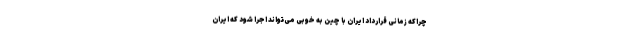
چراکه زمانی قرارداد ایران با چین به خوبی می‌تواند اجرا شود که ایران